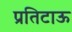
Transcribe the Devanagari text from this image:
प्रतिटाऊ